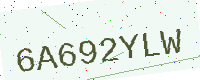
Text: 6A692YLW